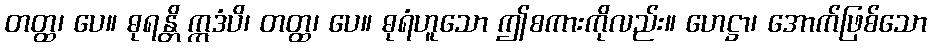
တတ္ထ၊ ပေ။ ဓုရန္တိ ဣဒံပိ၊ တတ္ထ၊ ပေ။ ဓုရံဟူသော ဤစကားကိုလည်း။ ဟေဋ္ဌာ၊ အောက်ဖြစ်သော